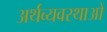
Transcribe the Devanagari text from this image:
अर्थव्यवस्थाओ